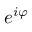
e ^ { i \varphi }